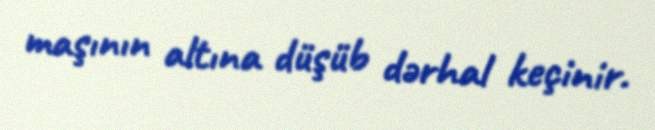
maşının altına düşüb dərhal keçinir.